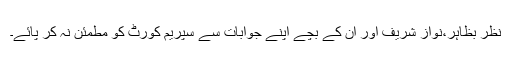
نظر بظاہر،نواز شریف اور ان کے بچے اپنے جوابات سے سپریم کورٹ کو مطمئن نہ کر پائے۔